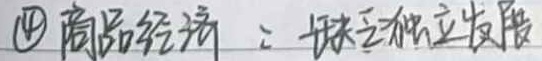
\textcircled{4}商品经济：缺乏独立发展